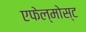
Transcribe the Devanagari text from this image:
एफेल्मोस्ट